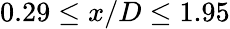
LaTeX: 0.29\leq x/D\leq 1.95